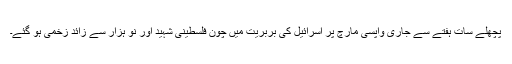
پچھلے سات ہفتے سے جاری واپسی مارچ پر اسرائیل کی بربریت میں چون فلسطینی شہید اور نو ہزار سے زائد زخمی ہو گئے۔